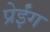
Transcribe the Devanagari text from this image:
प्रेईंग